Annual administration report of the Civil Veterinary Department of India - 1893-1894
Year: 1893
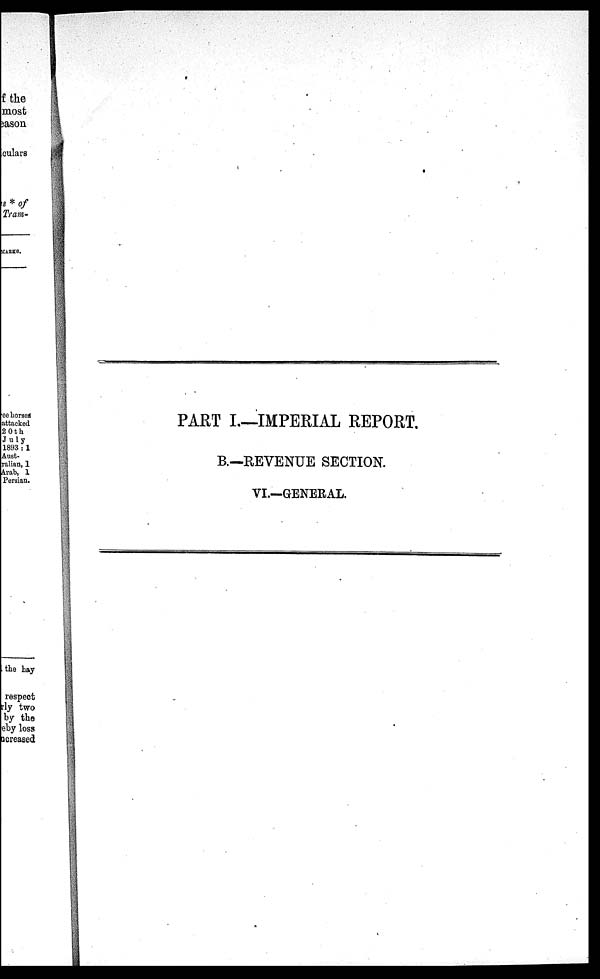
PART I.—IMPERIAL REPORT.
B.—REVENUE SECTION.
VI.—GENERAL.